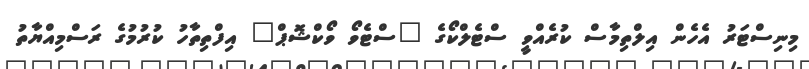
މިނިސްޓަރު އެހެން އިލްތިމާސް ކުރެއްވީ ސްޓެލްކޯގެ "ސްޓެވޯ ވޯކްޝޮޕް" އިފްތިތާހު ކުރުމުގެ ރަސްމިއްޔާތު